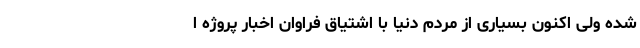
شده ولی اکنون بسیاری از مردم دنیا با اشتیاق فراوان اخبار پروژه‌ ا